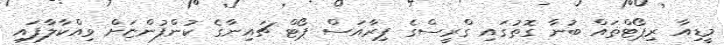
މީޑިއާ ރިޕޯޓްތައް ބުނާ ގޮތުގައި ގްރީސްގެ ޕިރާއަސް ޕޯޓް ޗައިނާގެ ކުންފުންޏަށް ވިއްކާލާފައި